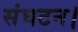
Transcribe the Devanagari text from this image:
संघटन।